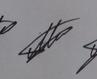
Signature authenticity: genuine